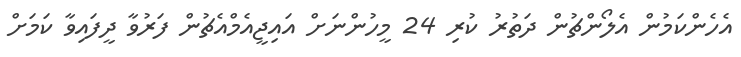
އެހެންކަމުން އެލޯންޗުން ދަތުރު ކުރި 24 މީހުންނަށް އައިޖީއެމްއެޗުން ފަރުވާ ދީފައިވާ ކަމަށް